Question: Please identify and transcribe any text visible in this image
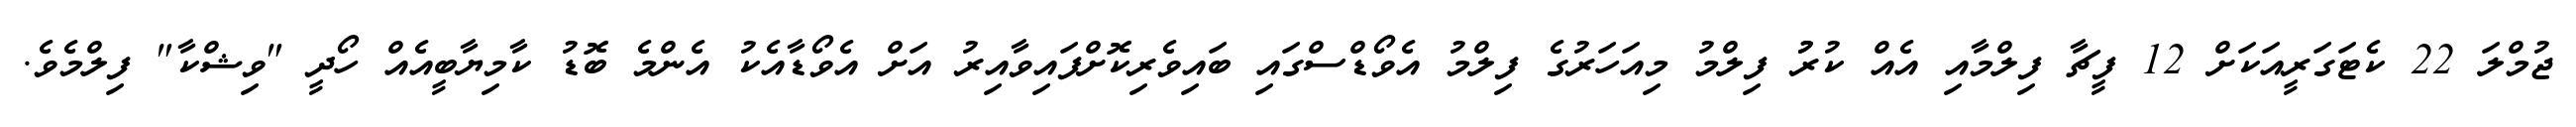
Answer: ޖުމްލަ 22 ކެޓަގަރީއަކަށް 12 ފީޗާ ފިލްމާއި އެއް ކުރުު ފިލްމު މިއަހަރުގެ ފިލްމު އެވޯޑްސްގައި ބައިވެރިކޮށްފައިވާއިރު އަށް އެވޯޑާއެކު އެންމެ ބޮޑު ކާމިޔާބީއެއް ހޯދީ "ވިޝްކާ" ފިލްމެވެ.